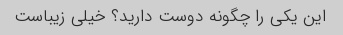
این یکی را چگونه دوست دارید؟ خیلی زیباست